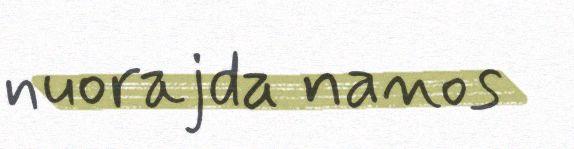
nuorajda nanos